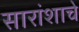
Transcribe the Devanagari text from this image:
सारांशाचे